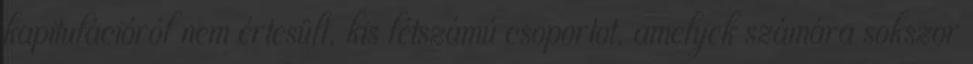
kapitulációról nem értesült, kis létszámú csoportot, amelyek számára sokszor